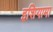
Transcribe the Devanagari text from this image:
इशियामा